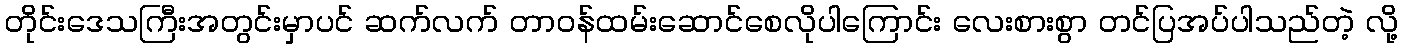
တိုင်းဒေသကြီးအတွင်းမှာပင် ဆက်လက် တာဝန်ထမ်းဆောင်စေလိုပါကြောင်း လေးစားစွာ တင်ပြအပ်ပါသည်တဲ့ လို့